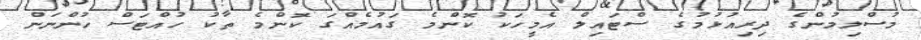
މުސްލިމުންގެ ދިރިއުޅުމުގެ ސްޓައިލް އެމީހަކު ކޮންމެ ގައުމެއްގަ ކޮންމެ ތާކު ހުއްޓަސް ހުންނަން